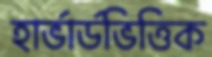
হার্ভার্ডভিত্তিক